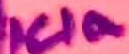
Text: ICIa